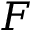
F